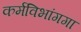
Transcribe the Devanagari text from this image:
कर्मविभांगगा